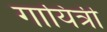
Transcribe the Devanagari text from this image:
गायित्री